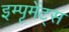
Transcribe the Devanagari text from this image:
इम्पृमेंट्स